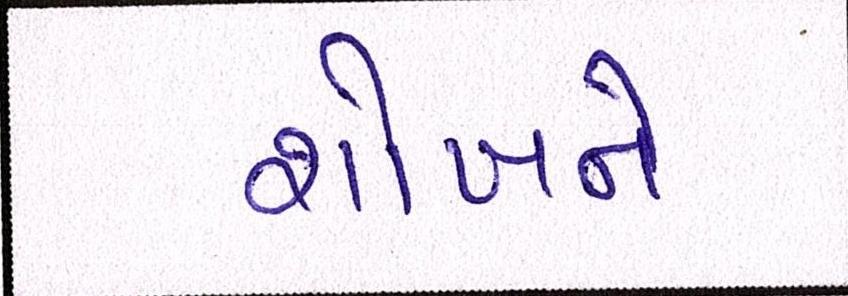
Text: શોખને